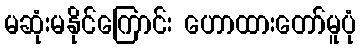
မဆုံးမနိုင်ကြောင်း ဟောထားတော်မူပုံ